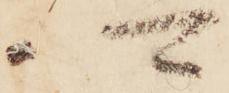
可